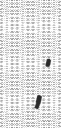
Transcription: محمد ولد بوبكر;